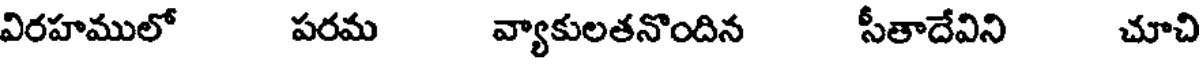
విరహములో పరమ వ్యాకులతనొందిన సీతాదేవిని చూచి